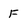
Character: F